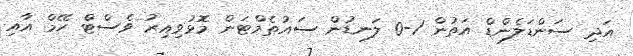
އަދި ސަންޑަލެންޑް އަތުން 1-0 ލަނޑުން ސައުތެމްޓަން މޮޅުވިއިރު ވެސްޓް ހޭމް އާއި